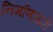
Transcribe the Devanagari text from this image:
निर्माणजारी